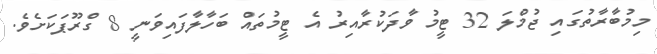
މިމުބާރާތުގައި ޖުމްލަ 32 ޓީމު ވާދަކުރާއިރު އެ ޓީމުތައް ބަހާލާފައިވަނީ 8 ގްރޫޕަކަށެވެ.